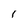
Character: l